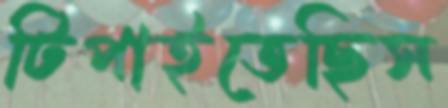
টিপাইতেছিস